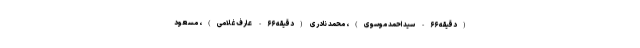
(دقیقه ۶۶- سید احمد موسوی)، محمد نادری (دقیقه ۶۶- عارف غلامی)، مسعود